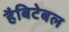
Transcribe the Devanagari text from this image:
हैबिटेबल